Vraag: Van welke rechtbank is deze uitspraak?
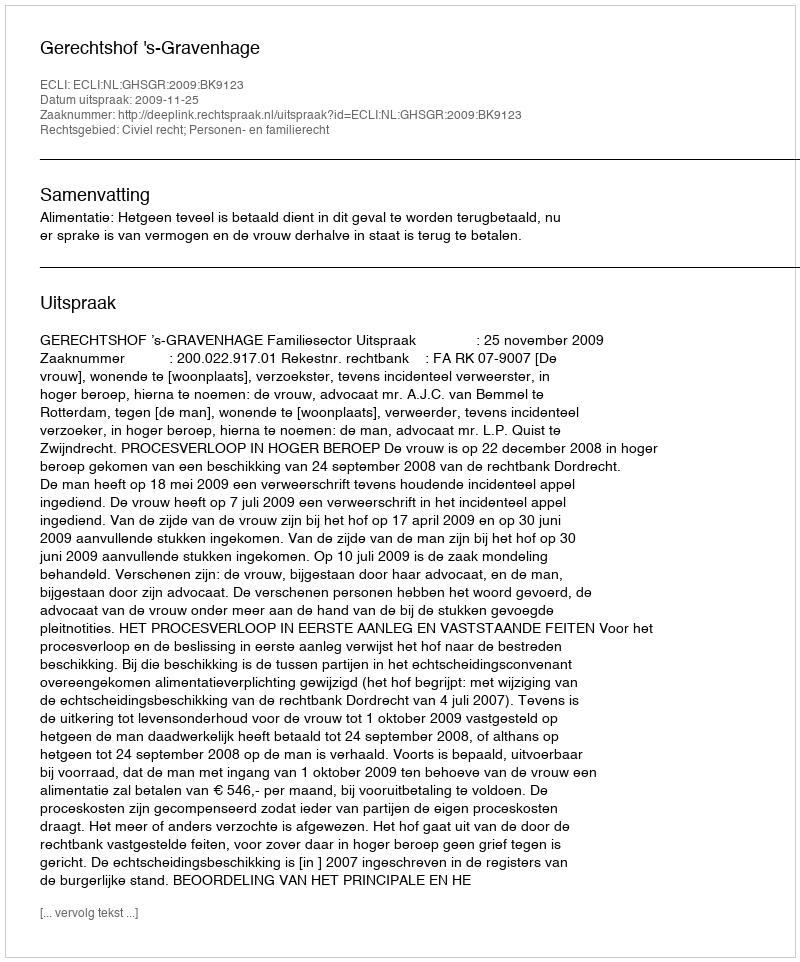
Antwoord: Gerechtshof 's-Gravenhage